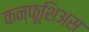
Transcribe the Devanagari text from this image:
कन्फूशिअस